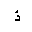
Letter: _thal